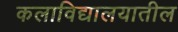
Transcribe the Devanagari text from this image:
कलाविद्यालयातील